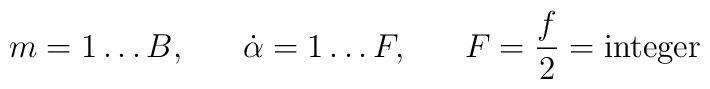
m=1\ldots B, \; \; \; \; \; \; \dot \alpha = 1\ldots F, \;\;\;\;\;\;F = \frac{f}{2} = \textup{integer}